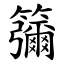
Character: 䉲